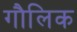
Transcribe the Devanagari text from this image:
गौलिक